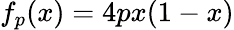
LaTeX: f_{p}(x)=4px(1-x)